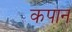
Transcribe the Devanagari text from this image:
कपान